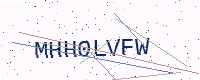
Text: MHH0LVFW